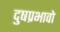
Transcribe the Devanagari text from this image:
दुषप्रभावो